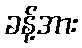
ခန့်အား